Indian journal of veterinary science and animal husbandry - Volumes 24-25, 1954-1955
Year: 1954
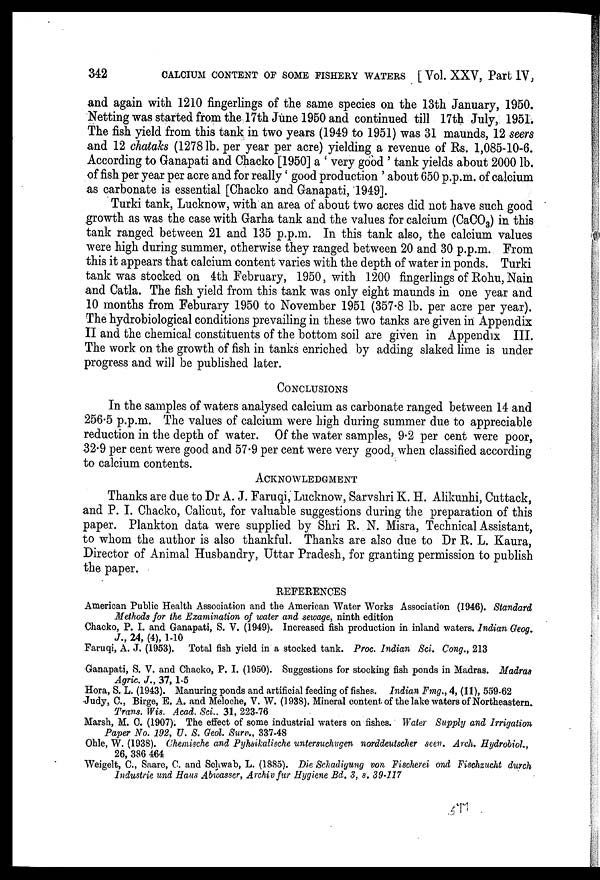
342
CALCIUM CONTENT OF SOME FISHERY WATERS [ Vol. XXV, Part IV,
and again with 1210 fingerlings of the same species on the 13th January, 1950.
Netting was started from the 17th June 1950 and continued till 17th July, 1951.
The fish yield from this tank in two years (1949 to 1951) was 31 maunds, 12 seers
and 12 chataks (1278 lb. per year per acre) yielding a revenue of Rs. 1,085-10-6.
According to Ganapati and Chacko [1950] a ' very good ' tank yields about 2000 lb.
of fish per year per acre and for really ' good production ' about 650 p.p.m. of calcium
as carbonate is essential [Chacko and Ganapati, 1949].
Turki tank, Lucknow, with an area of about two acres did not have such good
growth as was the case with Garha tank and the values for calcium (CaCO 3 ) in this
tank ranged between 21 and 135 p.p.m. In this tank also, the calcium values
were high during summer, otherwise they ranged between 20 and 30 p.p.m. From
this it appears that calcium content varies with the depth of water in ponds. Turki
tank was stocked on 4th February, 1950, with 1200 fingerlings of Rohu, Nain
and Catla. The fish yield from this tank was only eight maunds in one year and
10 months from Feburary 1950 to November 1951 (357.8 lb. per acre per year).
The hydrobiological conditions prevailing in these two tanks are given in Appendix
II and the chemical constituents of the bottom soil are given in Appendix III.
The work on the growth of fish in tanks enriched by adding slaked lime is under
progress and will be published later.
CONCLUSIONS
In the samples of waters analysed calcium as carbonate ranged between 14 and
256.5 p.p.m. The values of calcium were high during summer due to appreciable
reduction in the depth of water. Of the water samples, 9.2 per cent were poor,
32.9 per cent were good and 57.9 per cent were very good, when classified according
to calcium contents.
ACKNOWLEDGMENT
Thanks are due to Dr A. J. Faruqi, Lucknow, Sarvshri K. H. Alikunhi, Cuttack,
and P. I. Chacko, Calicut, for valuable suggestions during the preparation of this
paper. Plankton data were supplied by Shri R. N. Misra, Technical Assistant,
to whom the author is also thankful. Thanks are also due to Dr R. L. Kaura,
Director of Animal Husbandry, Uttar Pradesh, for granting permission to publish
the paper.
REFERENCES
American Public Health Association and the American Water Works Association (1946). Standard
Methods for the Examination of water and sewage, ninth edition
Chacko, P. I. and Ganapati, S. V. (1949). Increased fish production in inland waters. Indian Geog.
J., 24, (4), 1-10
Faruqi, A. J. (1953). Total fish yield in a stocked tank. Proc. Indian Sci. Cong., 213
Ganapati, S. V. and Chacko, P. I. (1950). Suggestions for stocking fish ponds in Madras. Madras
Agric. J., 37, 1.5
Hora, S. L. (1943). Manuring ponds and artificial feeding of fishes. Indian Fmg., 4, (11), 559-62
Judy, C., Birge, E. A. and Meloche, V. W. (1938). Mineral content of the lake waters of Northeastern.
Trans. Wis. Acad. Sci., 31, 223-76
Marsh, M. C. (1907). The effect of some industrial waters on fishes. Water Supply and Irrigation
Paper No. 192, U. S. Geol. Surv., 337-48
Ohle, W. (1938). Chemische and Pyhsikalische untersuchugen norddeutscher seen. Arch. Hydrobiol.,
26, 386 464
Weigelt, C., Saare, C. and Schwab, L. (1885). Die Schadigung von Fischerei ond Fischzucht durch
Industrie und Haus Abwasser, Archiv fur Hygiene Bd. 3, s. 39-117